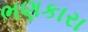
ભણકારા